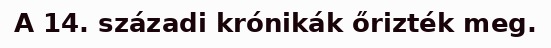
A 14. századi krónikák őrizték meg.